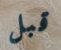
قبل